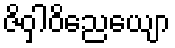
ဇိဝှါဝိညေယျော